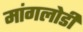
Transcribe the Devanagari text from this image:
मांगलोडी